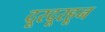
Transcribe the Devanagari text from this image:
दूरदूरहून